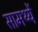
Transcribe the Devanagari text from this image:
सामर्थ्ये